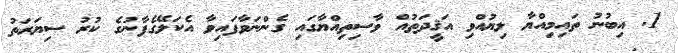
1. އިބުނު ތައިމިއްޔާ ލިޔުއްވި އަޤީދަތުއް ވާސިތިއްޔާގައި ގެންނަވާފައިވާ އެކަލޭގެފާނުގެ ކުރު ސިޔަރަތު